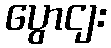
ပွောငျး